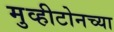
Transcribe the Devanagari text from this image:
मुव्हीटोनच्या